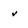
Character: v